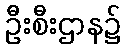
ဦးစီးဌာန၌